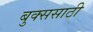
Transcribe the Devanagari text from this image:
बुक्ससाठी